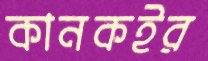
কানকইর